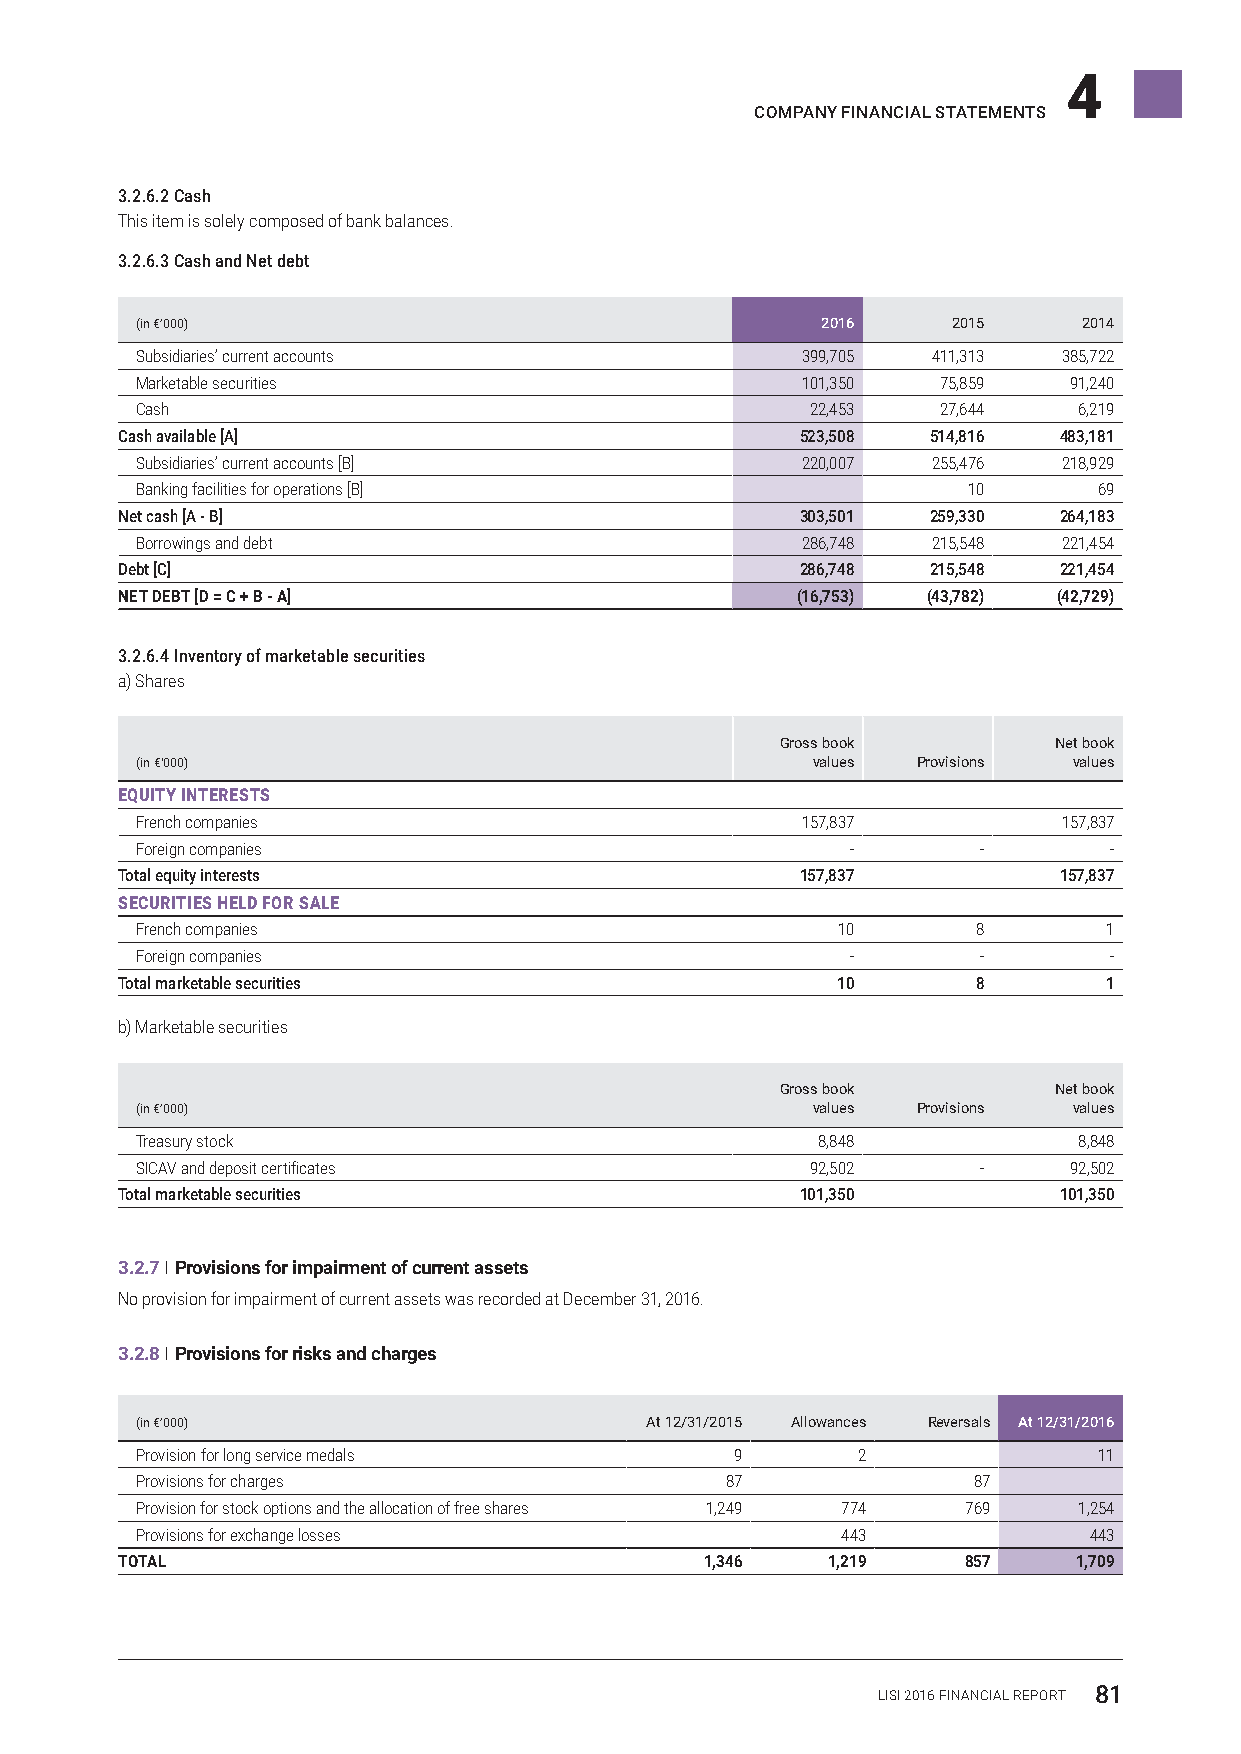
4
 COMPANY FINANCIAL STATEMENTS
 3.2.6.2 Cash
 This item is solely composed of bank balances.
 3.2.6.3 Cash and Net debt
 (in €’000)                                   2016     2015     2014
 Subsidiaries’ current accounts              399,705  411,313 385,722
 Marketable securities                       101,350  75,859   91,240
 Cash                                         22,453  27,644   6,219
 Cash available [A]                           523,508  514,816 483,181
 Subsidiaries’ current accounts [B]          220,007  255,476 218,929
 Banking facilities for operations [B]                  10       69
 Net cash [A - B]                             303,501  259,330 264,183
 Borrowings and debt                         286,748  215,548 221,454
 Debt [C]                                     286,748  215,548 221,454
 NET DEBT [D = C + B - A]                     (16,753) (43,782) (42,729)
 3.2.6.4 Inventory of marketable securities
 a) Shares
 Gross book        Net book
 (in €'000)                                   values Provisions values
 EQUITY INTERESTS
 French companies                            157,837          157,837
 Foreign companies                              -        -       -
 Total equity interests                       157,837          157,837
 SECURITIES HELD FOR SALE
 French companies                              10        8       1
 Foreign companies                              -        -       -
 Total marketable securities                    10        8       1
 b) Marketable securities
 Gross book        Net book
 (in €’000)                                   values Provisions values
 Treasury stock                               8,848            8,848
 SICAV and deposit certificates               92,502     -     92,502
 Total marketable securities                  101,350          101,350
 3.2.7 I Provisions for impairment of current assets
 No provision for impairment of current assets was recorded at December 31, 2016.
 3.2.8 I Provisions for risks and charges
 (in €’000)                        At 12/31/2015 Allowances Reversals At 12/31/2016
 Provision for long service medals       9       2               11
 Provisions for charges                 87              87
 Provision for stock options and the allocation of free shares 1,249 774 769 1,254
 Provisions for exchange losses                 443             443
 TOTAL                                  1,346   1,219    857    1,709
 LISI 2016 FINANCIAL REPORT 81